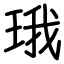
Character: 珴